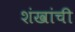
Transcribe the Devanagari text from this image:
शंखांची